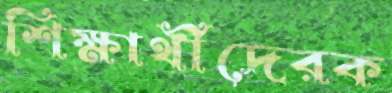
শিক্ষার্থীদেরক